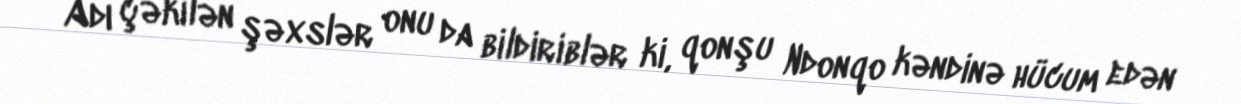
Adı çəkilən şəxslər onu da bildiriblər ki, qonşu Ndonqo kəndinə hücum edən